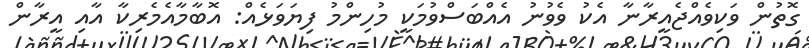
ގޮތުން ވަކިވެއްޖެއީރާނާ އެކު ވެވުނު އެއްބަސްވުމަކީ މުހިންމު ފިޔަވަޅެއް: އޮބާމާއެމެރިކާ އާއި އީރާން